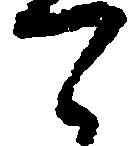
可